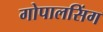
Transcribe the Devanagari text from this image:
गोपालसिंग